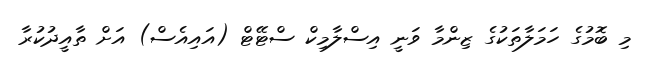
މި ބޮމުގެ ހަަމަލާތަކުގެ ޒިންމާ ވަނީ އިސްލާމިކް ސްޓޭޓް (އައިއެސް) އަށް ތާއީދުކުރާ